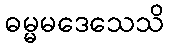
ဓမ္မမဒေသေသိ